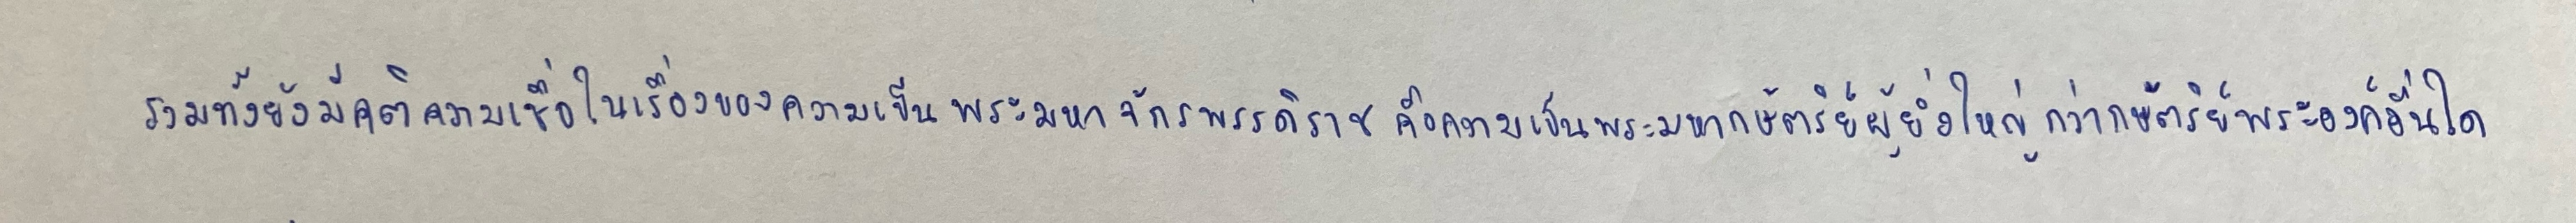
รวมทั้งยังมีคติความเชื่อในเรื่องของความเป็นพระมหาจักรพรรดิราชคือความเป็นพระมหากษัตริย์ผู้ยิ่งใหญ่กว่ากษัตริย์พระองค์อื่นใด